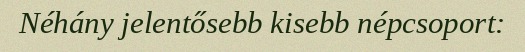
Néhány jelentősebb kisebb népcsoport: